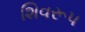
શિવરૂપ